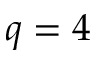
q = 4